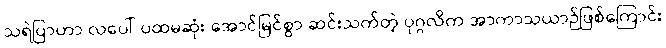
သရဲပြာဟာ လပေါ် ပထမဆုံး အောင်မြင်စွာ ဆင်းသက်တဲ့ ပုဂ္ဂလိက အာကာသယာဉ်ဖြစ်ကြောင်း